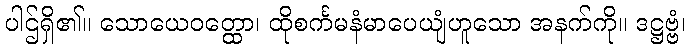
ပါဌ်ရှိ၏။ သောယေဝတ္ထော၊ ထိုစင်္ကမနံမာပေယျံဟူသော အနက်ကို။ ဒဋ္ဌဗ္ဗံ၊